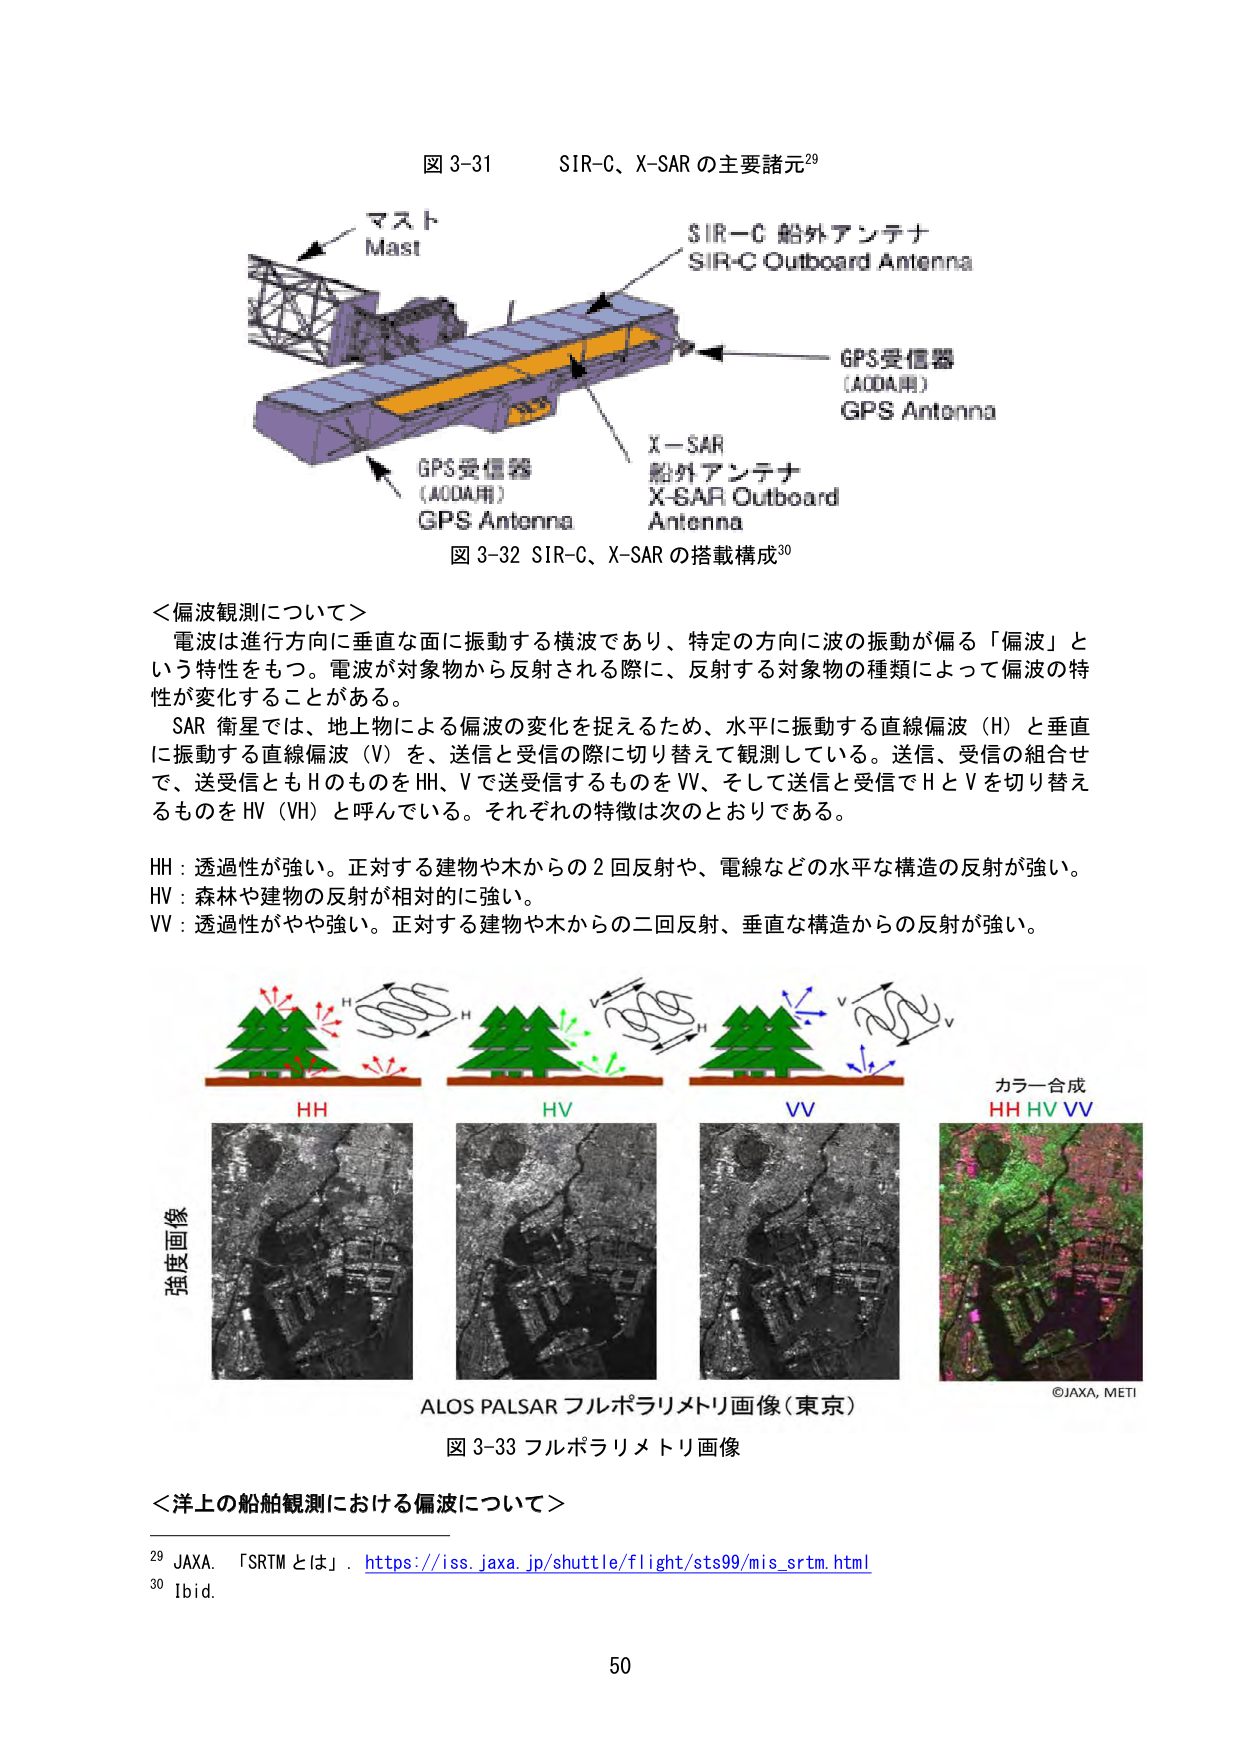
図 3-31 SIR-C、X-SAR の主要諸元²⁹
マスト
Mast
SIR-C 船外アンテナ
SIR-C Outboard Antenna
GPS受信器
(AODA用)
GPS Antenna
X-SAR
船外アンテナ
X-SAR Outboard
Antenna
GPS受信器
(AODA用)
GPS Antenna
図 3-32 SIR-C、X-SAR の搭載構成³⁰

＜偏波観測について＞
電波は進行方向に垂直な面に振動する横波であり、特定の方向に波の振動が偏る「偏波」という特性をもつ。電波が対象物から反射される際に、反射する対象物の種類によって偏波の特性が変化することがある。
SAR 衛星では、地上物による偏波の変化を捉えるため、水平に振動する直線偏波（H）と垂直に振動する直線偏波（V）を、送信と受信の際に切り替えて観測している。送信、受信の組合せで、送受信とも H のものを HH、V で送受信するものを VV、そして送信と受信で H と V を切り替えるものを HV（VH）と呼んでいる。それぞれの特徴は次のとおりである。

HH：透過性が強い。正対する建物や木からの２回反射や、電線などの水平な構造の反射が強い。
HV：森林や建物の反射が相対的に強い。
VV：透過性がやや強い。正対する建物や木からの二回反射、垂直な構造からの反射が強い。

H
H
V
H
V
V
カラー合成
HH HV VV
強度画像
ALOS PALSAR フルポラリメトリ画像（東京）
図 3-33 フルポラリメトリ画像

＜洋上の船舶観測における偏波について＞

²⁹ JAXA. 「SRTM とは」. https://iss.jaxa.jp/shuttle/flight/sts99/mis_srtm.html
³⁰ Ibid.

©JAXA, METI
50